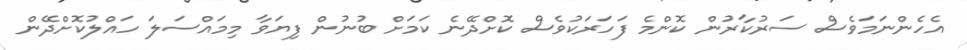
އެހެންނަމަވެސް ސަރުކާރުން ކޮންމެ ފަހަރަކުވެސް ކޮށްދޭނެ ކަމަށް ބުނުން ފިޔަވާ މިމައްސަލަ ހައްލުކޮށްދޭން